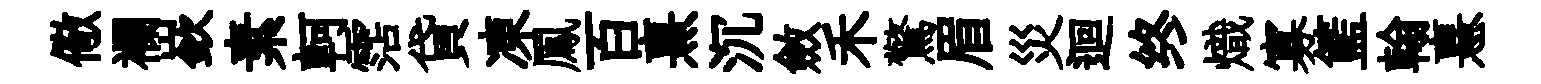
儆襴嶔素軻霑貸凍鳳百熹沉斂禾驚眉災迴终熾寡籃翰憙